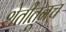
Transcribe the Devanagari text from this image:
शेतीतूनच